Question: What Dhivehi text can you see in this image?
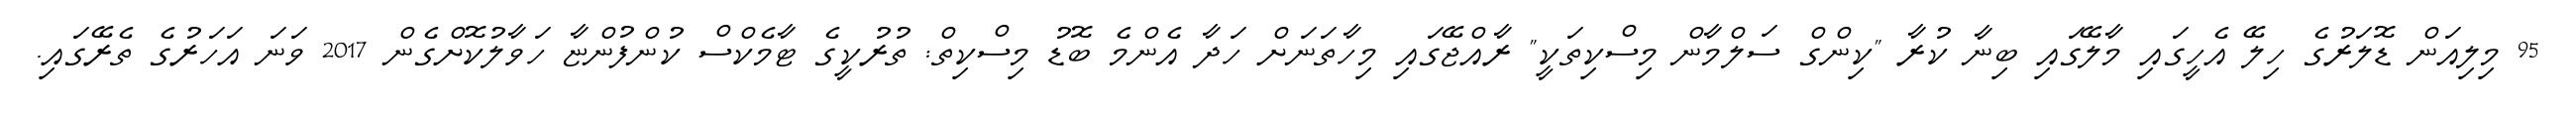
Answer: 95 މިލިއަން ޑޮލަރުގެ ހިލޭ އެހީގައި މާލޭގައި ބިނާ ކުރާ "ކިންގް ސަލްމާން މިސްކިތަކީ" ރާއްޖޭގައި މިހާތަނަށް ހަދާ އެންމެ ބޮޑު މިސްކިތް: ތުރުކީގެ ޓާމެކްސް ކުންފުންޏާ ހަވާލުކޮށްގެން 2017 ވަނަ އަހަރުގެ ތެރޭގައި.